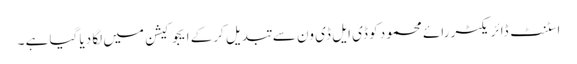
اسٹنٹ ڈائریکٹر رائے محمود کو ڈی ایل ڈی ون سے تبدیل کرکے ایجوکیشن میں لگا دیا گیا ہے ۔